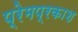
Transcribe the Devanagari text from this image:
प्रेमप्रकाश